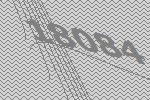
18084